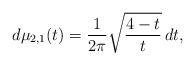
\begin{align*}d\mu_{2,1}(t) = \frac1{2\pi} \sqrt{\frac{4-t}t}\,dt,\end{align*}